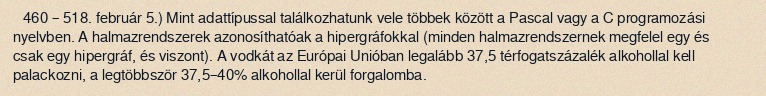
460 – 518. február 5.) Mint adattípussal találkozhatunk vele többek között a Pascal vagy a C programozási nyelvben. A halmazrendszerek azonosíthatóak a hipergráfokkal (minden halmazrendszernek megfelel egy és csak egy hipergráf, és viszont). A vodkát az Európai Unióban legalább 37,5 térfogatszázalék alkohollal kell palackozni, a legtöbbször 37,5–40% alkohollal kerül forgalomba.